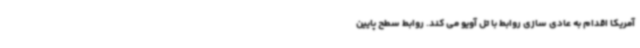
آمریکا اقدام به عادی سازی روابط با تل آویو می کند. روابط سطح پایین